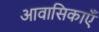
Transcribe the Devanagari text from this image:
आवासिकाएँ